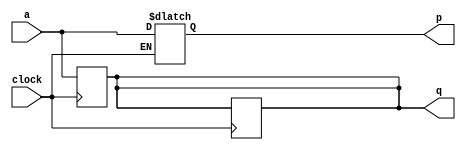
module top_module (
    input clock,
    input a,
    output reg p,
    output reg q );
    always@(posedge clock)
        begin
            
            q<=q;
        end
    always@(negedge clock)
        begin
            
            q<=a;
        end
    always@(*)
        begin
            if(clock)
                p<=a;
            else
                p<=p;
        end
    
endmodule